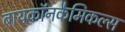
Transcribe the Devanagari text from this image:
बायकॉनकैमिकल्स